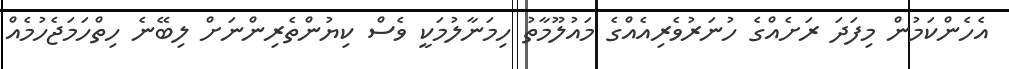
އެހެންކަމުން މިފަދަ ރަށެއްގެ ހުނަރުވެރިއެއްގެ މައުލޫމާތު ހިމަނާލުމަކީ ވެސް ކިޔުންތެރިންނަށް ލިބޭނެ ހިތްހަމަޖެހުމެއް